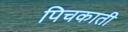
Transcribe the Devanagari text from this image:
पिचकाती